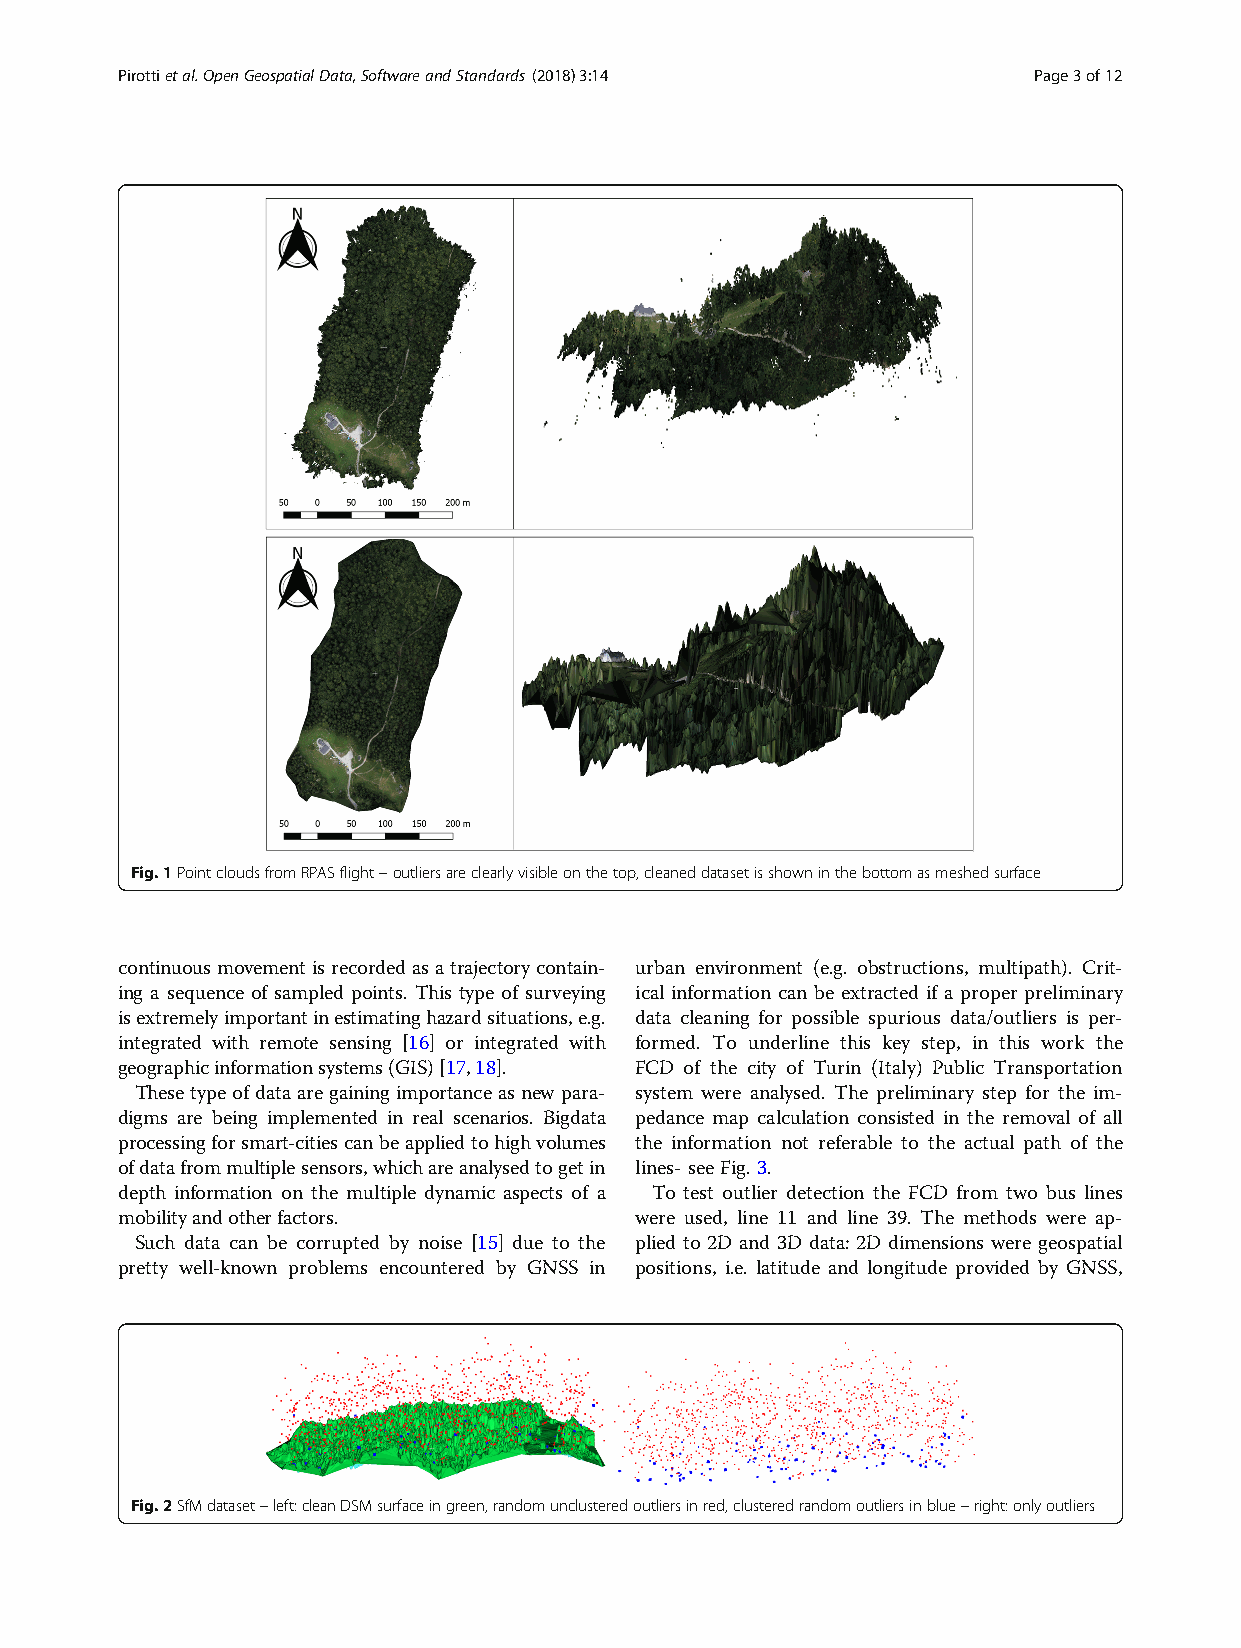
Pirottietal.OpenGeospatialData,SoftwareandStandards (2018) 3:14 Page3of12
 Fig.1PointcloudsfromRPASflight–outliersareclearlyvisibleonthetop,cleaneddatasetisshowninthebottomasmeshedsurface
 continuousmovementisrecordedasatrajectorycontain- urban environment (e.g. obstructions, multipath). Crit-
 ing a sequence of sampled points. This type of surveying ical information can be extracted if a proper preliminary
 isextremelyimportantinestimatinghazardsituations,e.g. data cleaning for possible spurious data/outliers is per-
 integrated with remote sensing [16] or integrated with formed. To underline this key step, in this work the
 geographicinformationsystems(GIS)[17,18]. FCD of the city of Turin (Italy) Public Transportation
 These typeofdataare gainingimportanceas new para- system were analysed. The preliminary step for the im-
 digms are being implemented in real scenarios. Bigdata pedance map calculation consisted in the removal of all
 processingforsmart-citiescanbeappliedtohighvolumes the information not referable to the actual path of the
 ofdatafrommultiplesensors,whichareanalysedtogetin lines-seeFig.3.
 depth information on the multiple dynamic aspects of a To test outlier detection the FCD from two bus lines
 mobilityandotherfactors.          were used, line 11 and line 39. The methods were ap-
 Such data can be corrupted by noise [15] due to the plied to 2D and 3D data: 2D dimensions were geospatial
 pretty well-known problems encountered by GNSS in positions, i.e. latitude and longitude provided by GNSS,
 Fig.2SfMdataset–left:cleanDSMsurfaceingreen,randomunclusteredoutliersinred,clusteredrandomoutliersinblue–right:onlyoutliers